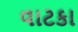
વાટકા